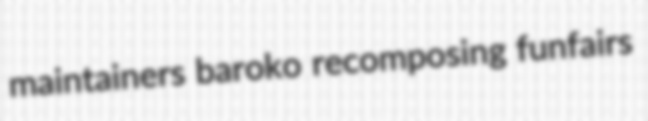
maintainers baroko recomposing funfairs